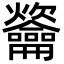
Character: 䶴